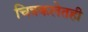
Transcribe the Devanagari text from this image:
चित्रकलेतही